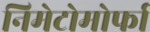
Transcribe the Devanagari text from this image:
निमेटोमोर्फा